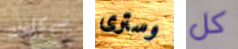
سيكلفك وسترى كل